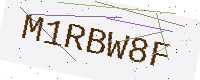
Text: M1RBW8F